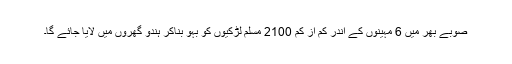
صوبے بھر میں 6 مہینوں کے اندر کم از کم 2100 مسلم لڑکیوں کو بہو بناکر ہندو گھروں میں لایا جائے گا۔